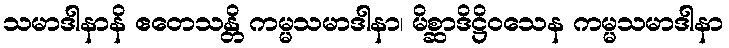
သမာဒါနာနိ ဧတေသန္တိ ကမ္မသမာဒါနာ၊ မိစ္ဆာဒိဋ္ဌိဝသေန ကမ္မသမာဒါနာ